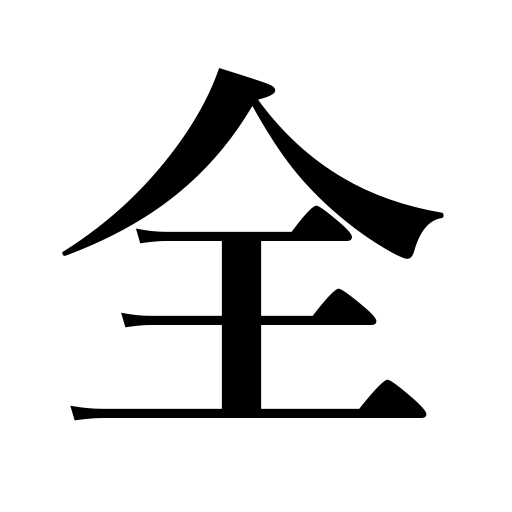
Meanings: ,entirely,perfectly,truly,wholly,completely,all,indeed